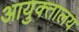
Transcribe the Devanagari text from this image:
आयुक्‍तालय